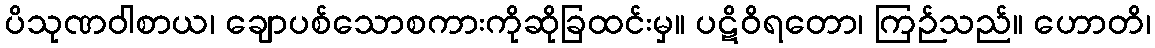
ပိသုဏဝါစာယ၊ ချောပစ်သောစကားကိုဆိုခြထင်းမှ။ ပဋိဝိရတော၊ ကြဉ်သည်။ ဟောတိ၊